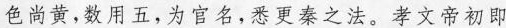
色尚黄，数用五，为官名，悉更秦之法。孝文帝初即